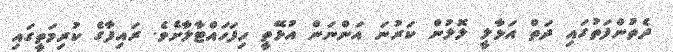
ދެތުންފަތުގައި ދަތް އަޅާލީ ލޮލުން ކަރުނަ އަންނަން އުޅޭތީ ހިފަހައްޓާލާށެވެ. ރައިފާގެ ކުރިމަތީގައި